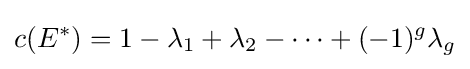
c(E^{*})=1-\lambda _{1}+\lambda _{2}-\cdots +(-1)^{g}\lambda _{g}